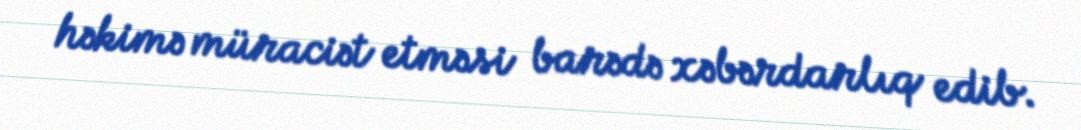
həkimə müraciət etməsi barədə xəbərdarlıq edib.